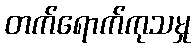
တက်ရောက်ကုသမှု